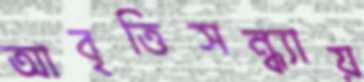
আবৃত্তিসন্ধ্যায়